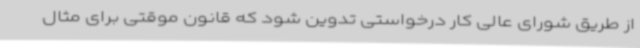
از طریق شورای عالی کار درخواستی تدوین شود که قانون موقتی برای مثال